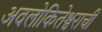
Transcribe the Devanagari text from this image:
अवलोकितेश्वराची